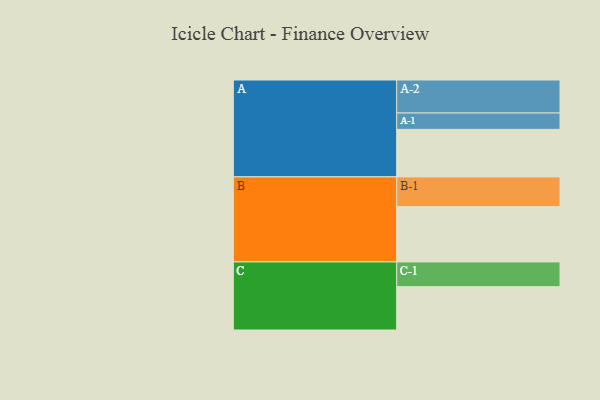
{"axis": {"x": "Segment", "y": "Value"}, "legend": ["", "A", "B", "C"], "data": [{"x": "A", "y": 409, "type": ""}, {"x": "B", "y": 476, "type": ""}, {"x": "C", "y": 373, "type": ""}, {"x": "A-1", "y": 141, "type": "A"}, {"x": "A-2", "y": 284, "type": "A"}, {"x": "B-1", "y": 256, "type": "B"}, {"x": "C-1", "y": 213, "type": "C"}]}